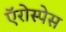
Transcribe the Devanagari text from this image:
ऍरोस्पेस